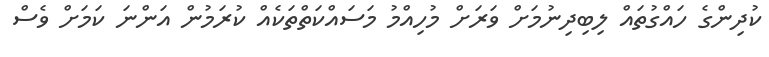
ކުދިންގެ ހައްގުތައް ލިބިދިނުމަށް ވަރަށް މުހިއްމު މަސައްކަތްތަކެއް ކުރަމުން އަންނަ ކަމަށް ވެސް